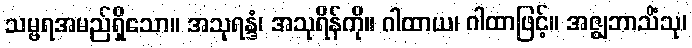
သမ္ဗရအမည်ရှိသော။ အသုရန္ဒံ၊ အသုရိန်ကို။ ဂါထာယ၊ ဂါထာဖြင့်။ အဇ္ဈဘာသိံသု၊